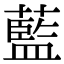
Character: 藍